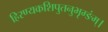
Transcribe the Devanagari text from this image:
हिरण्यकशिपुतनुभृग्ङंम्।